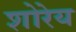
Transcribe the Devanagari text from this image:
शोरेय